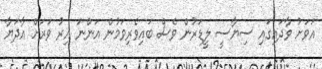
އަވަށު ވާދައިގައި ސިޔާސީ ލީޑަރުން ވެސް ބައިވެރިވަމުން އަންނަ އިރު ވަރަށް އާދަޔާ